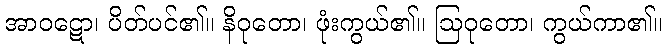
အာဝဋော၊ ပိတ်ပင်၏။ နိဝုတော၊ ဖုံးကွယ်၏။ ဩဝုတော၊ ကွယ်ကာ၏။